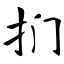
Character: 扪